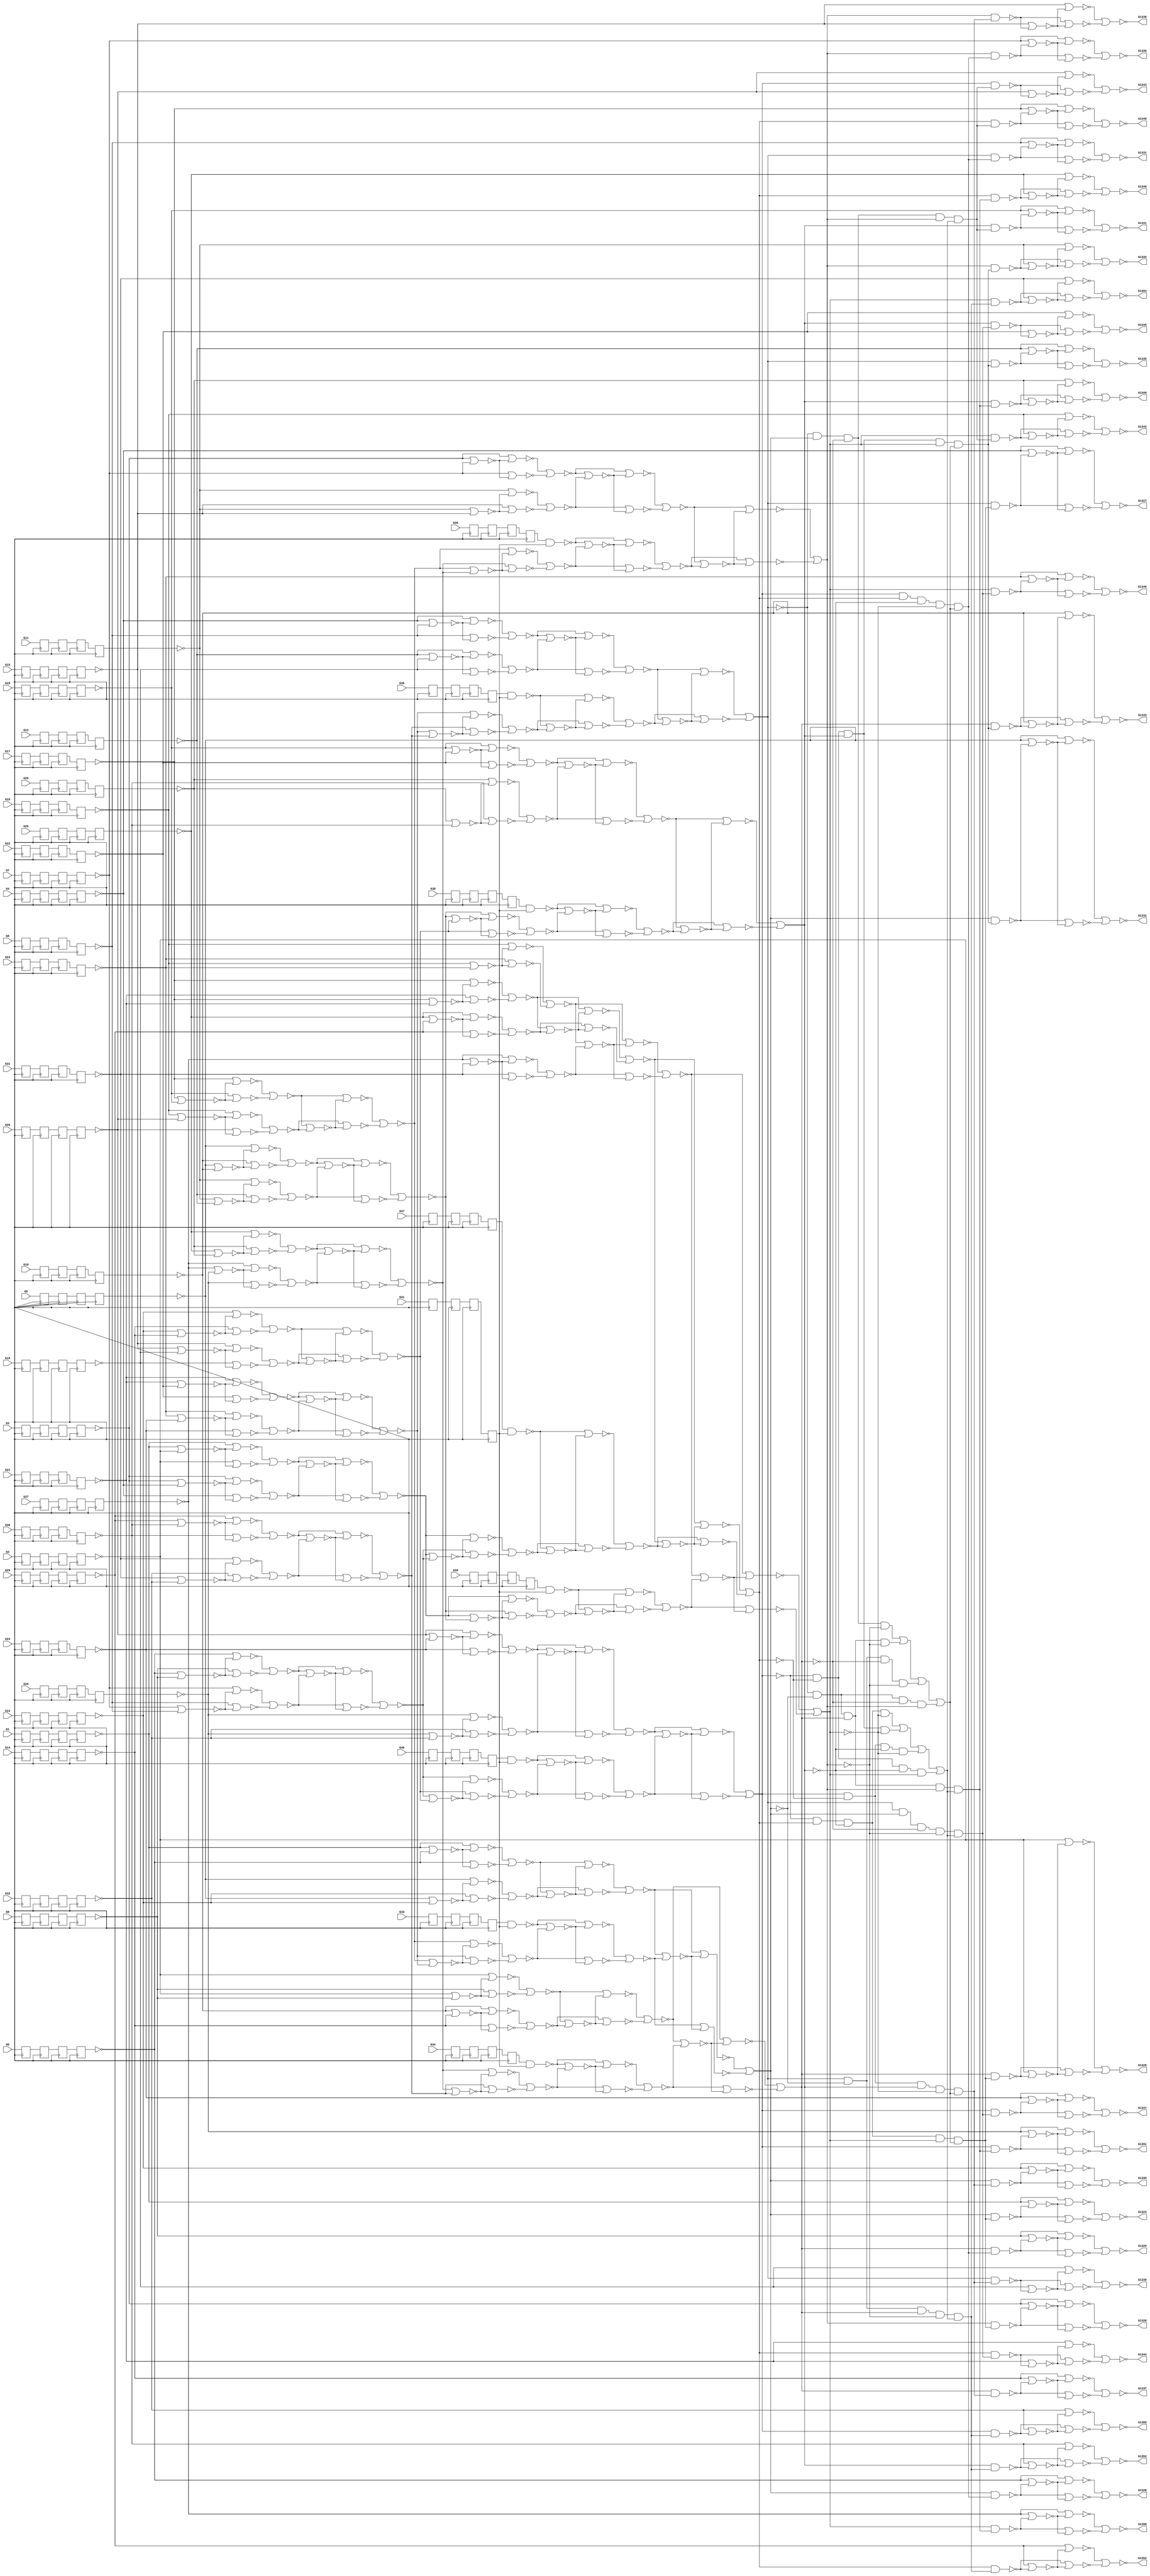
module c1355 (  
    G1, G2, G3, G4, G5, G6, G7, G8, G9, G10, G11, G12, G13, G14, G15, G16,
    G17, G18, G19, G20, G21, G22, G23, G24, G25, G26, G27, G28, G29, G30,
    G31, G32, G33, G34, G35, G36, G37, G38, G39, G40, G41,
    G1324, G1325, G1326, G1327, G1328, G1329, G1330, G1331, G1332, G1333,
    G1334, G1335, G1336, G1337, G1338, G1339, G1340, G1341, G1342, G1343,
    G1344, G1345, G1346, G1347, G1348, G1349, G1350, G1351, G1352, G1353,
    G1354, G1355  );
  
  input  G1, G2, G3, G4, G5, G6, G7, G8, G9, G10, G11, G12, G13, G14,
    G15, G16, G17, G18, G19, G20, G21, G22, G23, G24, G25, G26, G27, G28,
    G29, G30, G31, G32, G33, G34, G35, G36, G37, G38, G39, G40, G41;
  output G1324, G1325, G1326, G1327, G1328, G1329, G1330, G1331, G1332, G1333,
    G1334, G1335, G1336, G1337, G1338, G1339, G1340, G1341, G1342, G1343,
    G1344, G1345, G1346, G1347, G1348, G1349, G1350, G1351, G1352, G1353,
    G1354, G1355;
  reg n621_lo, n624_lo, n627_lo, n630_lo, n633_lo, n636_lo, n639_lo,
    n642_lo, n645_lo, n648_lo, n651_lo, n654_lo, n657_lo, n660_lo, n663_lo,
    n666_lo, n669_lo, n672_lo, n675_lo, n678_lo, n681_lo, n684_lo, n687_lo,
    n690_lo, n693_lo, n696_lo, n699_lo, n702_lo, n705_lo, n708_lo, n711_lo,
    n714_lo, n717_lo, n720_lo, n723_lo, n726_lo, n729_lo, n732_lo, n735_lo,
    n738_lo, n741_lo, n744_lo, n747_lo, n750_lo, n753_lo, n756_lo, n759_lo,
    n762_lo, n765_lo, n768_lo, n771_lo, n774_lo, n777_lo, n780_lo, n783_lo,
    n786_lo, n789_lo, n792_lo, n795_lo, n798_lo, n801_lo, n804_lo, n807_lo,
    n810_lo, n813_lo, n816_lo, n819_lo, n822_lo, n825_lo, n828_lo, n831_lo,
    n834_lo, n837_lo, n840_lo, n843_lo, n846_lo, n849_lo, n852_lo, n855_lo,
    n858_lo, n861_lo, n864_lo, n867_lo, n870_lo, n873_lo, n876_lo, n879_lo,
    n882_lo, n885_lo, n888_lo, n891_lo, n894_lo, n897_lo, n900_lo, n903_lo,
    n906_lo, n909_lo, n912_lo, n915_lo, n918_lo, n921_lo, n924_lo, n927_lo,
    n930_lo, n933_lo, n936_lo, n939_lo, n942_lo, n945_lo, n948_lo, n951_lo,
    n954_lo, n957_lo, n960_lo, n963_lo, n966_lo, n969_lo, n972_lo, n975_lo,
    n978_lo, n981_lo, n984_lo, n987_lo, n990_lo, n993_lo, n996_lo, n999_lo,
    n1002_lo, n1005_lo, n1008_lo, n1011_lo, n1014_lo, n1017_lo, n1020_lo,
    n1023_lo, n1026_lo, n1029_lo, n1032_lo, n1035_lo, n1038_lo, n1041_lo,
    n1044_lo, n1047_lo, n1050_lo, n1053_lo, n1056_lo, n1059_lo, n1062_lo,
    n1065_lo, n1068_lo, n1071_lo, n1074_lo, n1077_lo, n1080_lo, n1083_lo,
    n1086_lo, n1089_lo, n1092_lo, n1095_lo, n1098_lo, n1101_lo, n1104_lo,
    n1107_lo, n1110_lo;
  wire new_G242_, new_G245_, new_G248_, new_G251_, new_G254_, new_G257_,
    new_G260_, new_G263_, new_G266_, new_G269_, new_G272_, new_G275_,
    new_G278_, new_G281_, new_G284_, new_G287_, new_G290_, new_G293_,
    new_G296_, new_G299_, new_G302_, new_G305_, new_G308_, new_G311_,
    new_G314_, new_G317_, new_G320_, new_G323_, new_G326_, new_G329_,
    new_G332_, new_G335_, new_G338_, new_G341_, new_G344_, new_G347_,
    new_G350_, new_G353_, new_G356_, new_G359_, new_G362_, new_G363_,
    new_G364_, new_G365_, new_G366_, new_G367_, new_G368_, new_G369_,
    new_G370_, new_G371_, new_G372_, new_G373_, new_G374_, new_G375_,
    new_G376_, new_G377_, new_G378_, new_G379_, new_G380_, new_G381_,
    new_G382_, new_G383_, new_G384_, new_G385_, new_G386_, new_G387_,
    new_G388_, new_G389_, new_G390_, new_G391_, new_G392_, new_G393_,
    new_G394_, new_G395_, new_G396_, new_G397_, new_G398_, new_G399_,
    new_G400_, new_G401_, new_G402_, new_G403_, new_G404_, new_G405_,
    new_G406_, new_G407_, new_G408_, new_G409_, new_G410_, new_G411_,
    new_G412_, new_G413_, new_G414_, new_G415_, new_G416_, new_G417_,
    new_G418_, new_G419_, new_G420_, new_G421_, new_G422_, new_G423_,
    new_G424_, new_G425_, new_G426_, new_G429_, new_G432_, new_G435_,
    new_G438_, new_G441_, new_G444_, new_G447_, new_G450_, new_G453_,
    new_G456_, new_G459_, new_G462_, new_G465_, new_G468_, new_G471_,
    new_G474_, new_G477_, new_G480_, new_G483_, new_G486_, new_G489_,
    new_G492_, new_G495_, new_G498_, new_G501_, new_G504_, new_G507_,
    new_G510_, new_G513_, new_G516_, new_G519_, new_G522_, new_G525_,
    new_G528_, new_G531_, new_G534_, new_G537_, new_G540_, new_G543_,
    new_G546_, new_G549_, new_G552_, new_G555_, new_G558_, new_G561_,
    new_G564_, new_G567_, new_G570_, new_G571_, new_G572_, new_G573_,
    new_G574_, new_G575_, new_G576_, new_G577_, new_G578_, new_G579_,
    new_G580_, new_G581_, new_G582_, new_G583_, new_G584_, new_G585_,
    new_G586_, new_G587_, new_G588_, new_G589_, new_G590_, new_G591_,
    new_G592_, new_G593_, new_G594_, new_G595_, new_G596_, new_G597_,
    new_G598_, new_G599_, new_G600_, new_G601_, new_G602_, new_G607_,
    new_G612_, new_G617_, new_G622_, new_G627_, new_G632_, new_G637_,
    new_G642_, new_G645_, new_G648_, new_G651_, new_G654_, new_G657_,
    new_G660_, new_G663_, new_G666_, new_G669_, new_G672_, new_G675_,
    new_G678_, new_G681_, new_G684_, new_G687_, new_G690_, new_G691_,
    new_G692_, new_G693_, new_G694_, new_G695_, new_G696_, new_G697_,
    new_G698_, new_G699_, new_G700_, new_G701_, new_G702_, new_G703_,
    new_G704_, new_G705_, new_G706_, new_G709_, new_G712_, new_G715_,
    new_G718_, new_G721_, new_G724_, new_G727_, new_G730_, new_G733_,
    new_G736_, new_G739_, new_G742_, new_G745_, new_G748_, new_G751_,
    new_G754_, new_G755_, new_G756_, new_G757_, new_G758_, new_G759_,
    new_G760_, new_G761_, new_G762_, new_G763_, new_G764_, new_G765_,
    new_G766_, new_G767_, new_G768_, new_G769_, new_G770_, new_G773_,
    new_G776_, new_G779_, new_G782_, new_G785_, new_G788_, new_G791_,
    new_G794_, new_G797_, new_G800_, new_G803_, new_G806_, new_G809_,
    new_G812_, new_G815_, new_G818_, new_G819_, new_G820_, new_G821_,
    new_G822_, new_G823_, new_G824_, new_G825_, new_G826_, new_G827_,
    new_G828_, new_G829_, new_G830_, new_G831_, new_G832_, new_G833_,
    new_G834_, new_G847_, new_G860_, new_G873_, new_G886_, new_G899_,
    new_G912_, new_G925_, new_G938_, new_G939_, new_G940_, new_G941_,
    new_G942_, new_G943_, new_G944_, new_G945_, new_G946_, new_G947_,
    new_G948_, new_G949_, new_G950_, new_G951_, new_G952_, new_G953_,
    new_G954_, new_G955_, new_G956_, new_G957_, new_G958_, new_G959_,
    new_G960_, new_G961_, new_G962_, new_G963_, new_G964_, new_G965_,
    new_G966_, new_G967_, new_G968_, new_G969_, new_G970_, new_G971_,
    new_G972_, new_G973_, new_G974_, new_G975_, new_G976_, new_G977_,
    new_G978_, new_G979_, new_G980_, new_G981_, new_G982_, new_G983_,
    new_G984_, new_G985_, new_G986_, new_G991_, new_G996_, new_G1001_,
    new_G1006_, new_G1011_, new_G1016_, new_G1021_, new_G1026_, new_G1031_,
    new_G1036_, new_G1039_, new_G1042_, new_G1045_, new_G1048_, new_G1051_,
    new_G1054_, new_G1057_, new_G1060_, new_G1063_, new_G1066_, new_G1069_,
    new_G1072_, new_G1075_, new_G1078_, new_G1081_, new_G1084_, new_G1087_,
    new_G1090_, new_G1093_, new_G1096_, new_G1099_, new_G1102_, new_G1105_,
    new_G1108_, new_G1111_, new_G1114_, new_G1117_, new_G1120_, new_G1123_,
    new_G1126_, new_G1129_, new_G1132_, new_G1135_, new_G1138_, new_G1141_,
    new_G1144_, new_G1147_, new_G1150_, new_G1153_, new_G1156_, new_G1159_,
    new_G1162_, new_G1165_, new_G1168_, new_G1171_, new_G1174_, new_G1177_,
    new_G1180_, new_G1183_, new_G1186_, new_G1189_, new_G1192_, new_G1195_,
    new_G1198_, new_G1201_, new_G1204_, new_G1207_, new_G1210_, new_G1213_,
    new_G1216_, new_G1219_, new_G1222_, new_G1225_, new_G1228_, new_G1229_,
    new_G1230_, new_G1231_, new_G1232_, new_G1233_, new_G1234_, new_G1235_,
    new_G1236_, new_G1237_, new_G1238_, new_G1239_, new_G1240_, new_G1241_,
    new_G1242_, new_G1243_, new_G1244_, new_G1245_, new_G1246_, new_G1247_,
    new_G1248_, new_G1249_, new_G1250_, new_G1251_, new_G1252_, new_G1253_,
    new_G1254_, new_G1255_, new_G1256_, new_G1257_, new_G1258_, new_G1259_,
    new_G1260_, new_G1261_, new_G1262_, new_G1263_, new_G1264_, new_G1265_,
    new_G1266_, new_G1267_, new_G1268_, new_G1269_, new_G1270_, new_G1271_,
    new_G1272_, new_G1273_, new_G1274_, new_G1275_, new_G1276_, new_G1277_,
    new_G1278_, new_G1279_, new_G1280_, new_G1281_, new_G1282_, new_G1283_,
    new_G1284_, new_G1285_, new_G1286_, new_G1287_, new_G1288_, new_G1289_,
    new_G1290_, new_G1291_, new_G1292_, new_G1293_, new_G1294_, new_G1295_,
    new_G1296_, new_G1297_, new_G1298_, new_G1299_, new_G1300_, new_G1301_,
    new_G1302_, new_G1303_, new_G1304_, new_G1305_, new_G1306_, new_G1307_,
    new_G1308_, new_G1309_, new_G1310_, new_G1311_, new_G1312_, new_G1313_,
    new_G1314_, new_G1315_, new_G1316_, new_G1317_, new_G1318_, new_G1319_,
    new_G1320_, new_G1321_, new_G1322_, new_G1323_, n621_li, n624_li,
    n627_li, n630_li, n633_li, n636_li, n639_li, n642_li, n645_li, n648_li,
    n651_li, n654_li, n657_li, n660_li, n663_li, n666_li, n669_li, n672_li,
    n675_li, n678_li, n681_li, n684_li, n687_li, n690_li, n693_li, n696_li,
    n699_li, n702_li, n705_li, n708_li, n711_li, n714_li, n717_li, n720_li,
    n723_li, n726_li, n729_li, n732_li, n735_li, n738_li, n741_li, n744_li,
    n747_li, n750_li, n753_li, n756_li, n759_li, n762_li, n765_li, n768_li,
    n771_li, n774_li, n777_li, n780_li, n783_li, n786_li, n789_li, n792_li,
    n795_li, n798_li, n801_li, n804_li, n807_li, n810_li, n813_li, n816_li,
    n819_li, n822_li, n825_li, n828_li, n831_li, n834_li, n837_li, n840_li,
    n843_li, n846_li, n849_li, n852_li, n855_li, n858_li, n861_li, n864_li,
    n867_li, n870_li, n873_li, n876_li, n879_li, n882_li, n885_li, n888_li,
    n891_li, n894_li, n897_li, n900_li, n903_li, n906_li, n909_li, n912_li,
    n915_li, n918_li, n921_li, n924_li, n927_li, n930_li, n933_li, n936_li,
    n939_li, n942_li, n945_li, n948_li, n951_li, n954_li, n957_li, n960_li,
    n963_li, n966_li, n969_li, n972_li, n975_li, n978_li, n981_li, n984_li,
    n987_li, n990_li, n993_li, n996_li, n999_li, n1002_li, n1005_li,
    n1008_li, n1011_li, n1014_li, n1017_li, n1020_li, n1023_li, n1026_li,
    n1029_li, n1032_li, n1035_li, n1038_li, n1041_li, n1044_li, n1047_li,
    n1050_li, n1053_li, n1056_li, n1059_li, n1062_li, n1065_li, n1068_li,
    n1071_li, n1074_li, n1077_li, n1080_li, n1083_li, n1086_li, n1089_li,
    n1092_li, n1095_li, n1098_li, n1101_li, n1104_li, n1107_li, n1110_li;
  assign new_G242_ = n1014_lo & n1110_lo;
  assign new_G245_ = n1026_lo & n1110_lo;
  assign new_G248_ = n1038_lo & n1110_lo;
  assign new_G251_ = n1050_lo & n1110_lo;
  assign new_G254_ = n1062_lo & n1110_lo;
  assign new_G257_ = n1074_lo & n1110_lo;
  assign new_G260_ = n1086_lo & n1110_lo;
  assign new_G263_ = n1098_lo & n1110_lo;
  assign new_G266_ = ~n630_lo | ~n642_lo;
  assign new_G269_ = ~n654_lo | ~n666_lo;
  assign new_G272_ = ~n678_lo | ~n690_lo;
  assign new_G275_ = ~n702_lo | ~n714_lo;
  assign new_G278_ = ~n726_lo | ~n738_lo;
  assign new_G281_ = ~n750_lo | ~n762_lo;
  assign new_G284_ = ~n774_lo | ~n786_lo;
  assign new_G287_ = ~n798_lo | ~n810_lo;
  assign new_G290_ = ~n822_lo | ~n834_lo;
  assign new_G293_ = ~n846_lo | ~n858_lo;
  assign new_G296_ = ~n870_lo | ~n882_lo;
  assign new_G299_ = ~n894_lo | ~n906_lo;
  assign new_G302_ = ~n918_lo | ~n930_lo;
  assign new_G305_ = ~n942_lo | ~n954_lo;
  assign new_G308_ = ~n966_lo | ~n978_lo;
  assign new_G311_ = ~n990_lo | ~n1002_lo;
  assign new_G314_ = ~n630_lo | ~n678_lo;
  assign new_G317_ = ~n726_lo | ~n774_lo;
  assign new_G320_ = ~n642_lo | ~n690_lo;
  assign new_G323_ = ~n738_lo | ~n786_lo;
  assign new_G326_ = ~n654_lo | ~n702_lo;
  assign new_G329_ = ~n750_lo | ~n798_lo;
  assign new_G332_ = ~n666_lo | ~n714_lo;
  assign new_G335_ = ~n762_lo | ~n810_lo;
  assign new_G338_ = ~n822_lo | ~n870_lo;
  assign new_G341_ = ~n918_lo | ~n966_lo;
  assign new_G344_ = ~n834_lo | ~n882_lo;
  assign new_G347_ = ~n930_lo | ~n978_lo;
  assign new_G350_ = ~n846_lo | ~n894_lo;
  assign new_G353_ = ~n942_lo | ~n990_lo;
  assign new_G356_ = ~n858_lo | ~n906_lo;
  assign new_G359_ = ~n954_lo | ~n1002_lo;
  assign new_G362_ = ~n630_lo | ~new_G266_;
  assign new_G363_ = ~n642_lo | ~new_G266_;
  assign new_G364_ = ~n654_lo | ~new_G269_;
  assign new_G365_ = ~n666_lo | ~new_G269_;
  assign new_G366_ = ~n678_lo | ~new_G272_;
  assign new_G367_ = ~n690_lo | ~new_G272_;
  assign new_G368_ = ~n702_lo | ~new_G275_;
  assign new_G369_ = ~n714_lo | ~new_G275_;
  assign new_G370_ = ~n726_lo | ~new_G278_;
  assign new_G371_ = ~n738_lo | ~new_G278_;
  assign new_G372_ = ~n750_lo | ~new_G281_;
  assign new_G373_ = ~n762_lo | ~new_G281_;
  assign new_G374_ = ~n774_lo | ~new_G284_;
  assign new_G375_ = ~n786_lo | ~new_G284_;
  assign new_G376_ = ~n798_lo | ~new_G287_;
  assign new_G377_ = ~n810_lo | ~new_G287_;
  assign new_G378_ = ~n822_lo | ~new_G290_;
  assign new_G379_ = ~n834_lo | ~new_G290_;
  assign new_G380_ = ~n846_lo | ~new_G293_;
  assign new_G381_ = ~n858_lo | ~new_G293_;
  assign new_G382_ = ~n870_lo | ~new_G296_;
  assign new_G383_ = ~n882_lo | ~new_G296_;
  assign new_G384_ = ~n894_lo | ~new_G299_;
  assign new_G385_ = ~n906_lo | ~new_G299_;
  assign new_G386_ = ~n918_lo | ~new_G302_;
  assign new_G387_ = ~n930_lo | ~new_G302_;
  assign new_G388_ = ~n942_lo | ~new_G305_;
  assign new_G389_ = ~n954_lo | ~new_G305_;
  assign new_G390_ = ~n966_lo | ~new_G308_;
  assign new_G391_ = ~n978_lo | ~new_G308_;
  assign new_G392_ = ~n990_lo | ~new_G311_;
  assign new_G393_ = ~n1002_lo | ~new_G311_;
  assign new_G394_ = ~n630_lo | ~new_G314_;
  assign new_G395_ = ~n678_lo | ~new_G314_;
  assign new_G396_ = ~n726_lo | ~new_G317_;
  assign new_G397_ = ~n774_lo | ~new_G317_;
  assign new_G398_ = ~n642_lo | ~new_G320_;
  assign new_G399_ = ~n690_lo | ~new_G320_;
  assign new_G400_ = ~n738_lo | ~new_G323_;
  assign new_G401_ = ~n786_lo | ~new_G323_;
  assign new_G402_ = ~n654_lo | ~new_G326_;
  assign new_G403_ = ~n702_lo | ~new_G326_;
  assign new_G404_ = ~n750_lo | ~new_G329_;
  assign new_G405_ = ~n798_lo | ~new_G329_;
  assign new_G406_ = ~n666_lo | ~new_G332_;
  assign new_G407_ = ~n714_lo | ~new_G332_;
  assign new_G408_ = ~n762_lo | ~new_G335_;
  assign new_G409_ = ~n810_lo | ~new_G335_;
  assign new_G410_ = ~n822_lo | ~new_G338_;
  assign new_G411_ = ~n870_lo | ~new_G338_;
  assign new_G412_ = ~n918_lo | ~new_G341_;
  assign new_G413_ = ~n966_lo | ~new_G341_;
  assign new_G414_ = ~n834_lo | ~new_G344_;
  assign new_G415_ = ~n882_lo | ~new_G344_;
  assign new_G416_ = ~n930_lo | ~new_G347_;
  assign new_G417_ = ~n978_lo | ~new_G347_;
  assign new_G418_ = ~n846_lo | ~new_G350_;
  assign new_G419_ = ~n894_lo | ~new_G350_;
  assign new_G420_ = ~n942_lo | ~new_G353_;
  assign new_G421_ = ~n990_lo | ~new_G353_;
  assign new_G422_ = ~n858_lo | ~new_G356_;
  assign new_G423_ = ~n906_lo | ~new_G356_;
  assign new_G424_ = ~n954_lo | ~new_G359_;
  assign new_G425_ = ~n1002_lo | ~new_G359_;
  assign new_G426_ = ~new_G362_ | ~new_G363_;
  assign new_G429_ = ~new_G364_ | ~new_G365_;
  assign new_G432_ = ~new_G366_ | ~new_G367_;
  assign new_G435_ = ~new_G368_ | ~new_G369_;
  assign new_G438_ = ~new_G370_ | ~new_G371_;
  assign new_G441_ = ~new_G372_ | ~new_G373_;
  assign new_G444_ = ~new_G374_ | ~new_G375_;
  assign new_G447_ = ~new_G376_ | ~new_G377_;
  assign new_G450_ = ~new_G378_ | ~new_G379_;
  assign new_G453_ = ~new_G380_ | ~new_G381_;
  assign new_G456_ = ~new_G382_ | ~new_G383_;
  assign new_G459_ = ~new_G384_ | ~new_G385_;
  assign new_G462_ = ~new_G386_ | ~new_G387_;
  assign new_G465_ = ~new_G388_ | ~new_G389_;
  assign new_G468_ = ~new_G390_ | ~new_G391_;
  assign new_G471_ = ~new_G392_ | ~new_G393_;
  assign new_G474_ = ~new_G394_ | ~new_G395_;
  assign new_G477_ = ~new_G396_ | ~new_G397_;
  assign new_G480_ = ~new_G398_ | ~new_G399_;
  assign new_G483_ = ~new_G400_ | ~new_G401_;
  assign new_G486_ = ~new_G402_ | ~new_G403_;
  assign new_G489_ = ~new_G404_ | ~new_G405_;
  assign new_G492_ = ~new_G406_ | ~new_G407_;
  assign new_G495_ = ~new_G408_ | ~new_G409_;
  assign new_G498_ = ~new_G410_ | ~new_G411_;
  assign new_G501_ = ~new_G412_ | ~new_G413_;
  assign new_G504_ = ~new_G414_ | ~new_G415_;
  assign new_G507_ = ~new_G416_ | ~new_G417_;
  assign new_G510_ = ~new_G418_ | ~new_G419_;
  assign new_G513_ = ~new_G420_ | ~new_G421_;
  assign new_G516_ = ~new_G422_ | ~new_G423_;
  assign new_G519_ = ~new_G424_ | ~new_G425_;
  assign new_G522_ = ~new_G426_ | ~new_G429_;
  assign new_G525_ = ~new_G432_ | ~new_G435_;
  assign new_G528_ = ~new_G438_ | ~new_G441_;
  assign new_G531_ = ~new_G444_ | ~new_G447_;
  assign new_G534_ = ~new_G450_ | ~new_G453_;
  assign new_G537_ = ~new_G456_ | ~new_G459_;
  assign new_G540_ = ~new_G462_ | ~new_G465_;
  assign new_G543_ = ~new_G468_ | ~new_G471_;
  assign new_G546_ = ~new_G474_ | ~new_G477_;
  assign new_G549_ = ~new_G480_ | ~new_G483_;
  assign new_G552_ = ~new_G486_ | ~new_G489_;
  assign new_G555_ = ~new_G492_ | ~new_G495_;
  assign new_G558_ = ~new_G498_ | ~new_G501_;
  assign new_G561_ = ~new_G504_ | ~new_G507_;
  assign new_G564_ = ~new_G510_ | ~new_G513_;
  assign new_G567_ = ~new_G516_ | ~new_G519_;
  assign new_G570_ = ~new_G426_ | ~new_G522_;
  assign new_G571_ = ~new_G429_ | ~new_G522_;
  assign new_G572_ = ~new_G432_ | ~new_G525_;
  assign new_G573_ = ~new_G435_ | ~new_G525_;
  assign new_G574_ = ~new_G438_ | ~new_G528_;
  assign new_G575_ = ~new_G441_ | ~new_G528_;
  assign new_G576_ = ~new_G444_ | ~new_G531_;
  assign new_G577_ = ~new_G447_ | ~new_G531_;
  assign new_G578_ = ~new_G450_ | ~new_G534_;
  assign new_G579_ = ~new_G453_ | ~new_G534_;
  assign new_G580_ = ~new_G456_ | ~new_G537_;
  assign new_G581_ = ~new_G459_ | ~new_G537_;
  assign new_G582_ = ~new_G462_ | ~new_G540_;
  assign new_G583_ = ~new_G465_ | ~new_G540_;
  assign new_G584_ = ~new_G468_ | ~new_G543_;
  assign new_G585_ = ~new_G471_ | ~new_G543_;
  assign new_G586_ = ~new_G474_ | ~new_G546_;
  assign new_G587_ = ~new_G477_ | ~new_G546_;
  assign new_G588_ = ~new_G480_ | ~new_G549_;
  assign new_G589_ = ~new_G483_ | ~new_G549_;
  assign new_G590_ = ~new_G486_ | ~new_G552_;
  assign new_G591_ = ~new_G489_ | ~new_G552_;
  assign new_G592_ = ~new_G492_ | ~new_G555_;
  assign new_G593_ = ~new_G495_ | ~new_G555_;
  assign new_G594_ = ~new_G498_ | ~new_G558_;
  assign new_G595_ = ~new_G501_ | ~new_G558_;
  assign new_G596_ = ~new_G504_ | ~new_G561_;
  assign new_G597_ = ~new_G507_ | ~new_G561_;
  assign new_G598_ = ~new_G510_ | ~new_G564_;
  assign new_G599_ = ~new_G513_ | ~new_G564_;
  assign new_G600_ = ~new_G516_ | ~new_G567_;
  assign new_G601_ = ~new_G519_ | ~new_G567_;
  assign new_G602_ = ~new_G570_ | ~new_G571_;
  assign new_G607_ = ~new_G572_ | ~new_G573_;
  assign new_G612_ = ~new_G574_ | ~new_G575_;
  assign new_G617_ = ~new_G576_ | ~new_G577_;
  assign new_G622_ = ~new_G578_ | ~new_G579_;
  assign new_G627_ = ~new_G580_ | ~new_G581_;
  assign new_G632_ = ~new_G582_ | ~new_G583_;
  assign new_G637_ = ~new_G584_ | ~new_G585_;
  assign new_G642_ = ~new_G586_ | ~new_G587_;
  assign new_G645_ = ~new_G588_ | ~new_G589_;
  assign new_G648_ = ~new_G590_ | ~new_G591_;
  assign new_G651_ = ~new_G592_ | ~new_G593_;
  assign new_G654_ = ~new_G594_ | ~new_G595_;
  assign new_G657_ = ~new_G596_ | ~new_G597_;
  assign new_G660_ = ~new_G598_ | ~new_G599_;
  assign new_G663_ = ~new_G600_ | ~new_G601_;
  assign new_G666_ = ~new_G602_ | ~new_G607_;
  assign new_G669_ = ~new_G612_ | ~new_G617_;
  assign new_G672_ = ~new_G602_ | ~new_G612_;
  assign new_G675_ = ~new_G607_ | ~new_G617_;
  assign new_G678_ = ~new_G622_ | ~new_G627_;
  assign new_G681_ = ~new_G632_ | ~new_G637_;
  assign new_G684_ = ~new_G622_ | ~new_G632_;
  assign new_G687_ = ~new_G627_ | ~new_G637_;
  assign new_G690_ = ~new_G602_ | ~new_G666_;
  assign new_G691_ = ~new_G607_ | ~new_G666_;
  assign new_G692_ = ~new_G612_ | ~new_G669_;
  assign new_G693_ = ~new_G617_ | ~new_G669_;
  assign new_G694_ = ~new_G602_ | ~new_G672_;
  assign new_G695_ = ~new_G612_ | ~new_G672_;
  assign new_G696_ = ~new_G607_ | ~new_G675_;
  assign new_G697_ = ~new_G617_ | ~new_G675_;
  assign new_G698_ = ~new_G622_ | ~new_G678_;
  assign new_G699_ = ~new_G627_ | ~new_G678_;
  assign new_G700_ = ~new_G632_ | ~new_G681_;
  assign new_G701_ = ~new_G637_ | ~new_G681_;
  assign new_G702_ = ~new_G622_ | ~new_G684_;
  assign new_G703_ = ~new_G632_ | ~new_G684_;
  assign new_G704_ = ~new_G627_ | ~new_G687_;
  assign new_G705_ = ~new_G637_ | ~new_G687_;
  assign new_G706_ = ~new_G690_ | ~new_G691_;
  assign new_G709_ = ~new_G692_ | ~new_G693_;
  assign new_G712_ = ~new_G694_ | ~new_G695_;
  assign new_G715_ = ~new_G696_ | ~new_G697_;
  assign new_G718_ = ~new_G698_ | ~new_G699_;
  assign new_G721_ = ~new_G700_ | ~new_G701_;
  assign new_G724_ = ~new_G702_ | ~new_G703_;
  assign new_G727_ = ~new_G704_ | ~new_G705_;
  assign new_G730_ = ~new_G242_ | ~new_G718_;
  assign new_G733_ = ~new_G245_ | ~new_G721_;
  assign new_G736_ = ~new_G248_ | ~new_G724_;
  assign new_G739_ = ~new_G251_ | ~new_G727_;
  assign new_G742_ = ~new_G254_ | ~new_G706_;
  assign new_G745_ = ~new_G257_ | ~new_G709_;
  assign new_G748_ = ~new_G260_ | ~new_G712_;
  assign new_G751_ = ~new_G263_ | ~new_G715_;
  assign new_G754_ = ~new_G242_ | ~new_G730_;
  assign new_G755_ = ~new_G718_ | ~new_G730_;
  assign new_G756_ = ~new_G245_ | ~new_G733_;
  assign new_G757_ = ~new_G721_ | ~new_G733_;
  assign new_G758_ = ~new_G248_ | ~new_G736_;
  assign new_G759_ = ~new_G724_ | ~new_G736_;
  assign new_G760_ = ~new_G251_ | ~new_G739_;
  assign new_G761_ = ~new_G727_ | ~new_G739_;
  assign new_G762_ = ~new_G254_ | ~new_G742_;
  assign new_G763_ = ~new_G706_ | ~new_G742_;
  assign new_G764_ = ~new_G257_ | ~new_G745_;
  assign new_G765_ = ~new_G709_ | ~new_G745_;
  assign new_G766_ = ~new_G260_ | ~new_G748_;
  assign new_G767_ = ~new_G712_ | ~new_G748_;
  assign new_G768_ = ~new_G263_ | ~new_G751_;
  assign new_G769_ = ~new_G715_ | ~new_G751_;
  assign new_G770_ = ~new_G754_ | ~new_G755_;
  assign new_G773_ = ~new_G756_ | ~new_G757_;
  assign new_G776_ = ~new_G758_ | ~new_G759_;
  assign new_G779_ = ~new_G760_ | ~new_G761_;
  assign new_G782_ = ~new_G762_ | ~new_G763_;
  assign new_G785_ = ~new_G764_ | ~new_G765_;
  assign new_G788_ = ~new_G766_ | ~new_G767_;
  assign new_G791_ = ~new_G768_ | ~new_G769_;
  assign new_G794_ = ~new_G642_ | ~new_G770_;
  assign new_G797_ = ~new_G645_ | ~new_G773_;
  assign new_G800_ = ~new_G648_ | ~new_G776_;
  assign new_G803_ = ~new_G651_ | ~new_G779_;
  assign new_G806_ = ~new_G654_ | ~new_G782_;
  assign new_G809_ = ~new_G657_ | ~new_G785_;
  assign new_G812_ = ~new_G660_ | ~new_G788_;
  assign new_G815_ = ~new_G663_ | ~new_G791_;
  assign new_G818_ = ~new_G642_ | ~new_G794_;
  assign new_G819_ = ~new_G770_ | ~new_G794_;
  assign new_G820_ = ~new_G645_ | ~new_G797_;
  assign new_G821_ = ~new_G773_ | ~new_G797_;
  assign new_G822_ = ~new_G648_ | ~new_G800_;
  assign new_G823_ = ~new_G776_ | ~new_G800_;
  assign new_G824_ = ~new_G651_ | ~new_G803_;
  assign new_G825_ = ~new_G779_ | ~new_G803_;
  assign new_G826_ = ~new_G654_ | ~new_G806_;
  assign new_G827_ = ~new_G782_ | ~new_G806_;
  assign new_G828_ = ~new_G657_ | ~new_G809_;
  assign new_G829_ = ~new_G785_ | ~new_G809_;
  assign new_G830_ = ~new_G660_ | ~new_G812_;
  assign new_G831_ = ~new_G788_ | ~new_G812_;
  assign new_G832_ = ~new_G663_ | ~new_G815_;
  assign new_G833_ = ~new_G791_ | ~new_G815_;
  assign new_G834_ = ~new_G818_ | ~new_G819_;
  assign new_G847_ = ~new_G820_ | ~new_G821_;
  assign new_G860_ = ~new_G822_ | ~new_G823_;
  assign new_G873_ = ~new_G824_ | ~new_G825_;
  assign new_G886_ = ~new_G828_ | ~new_G829_;
  assign new_G899_ = ~new_G832_ | ~new_G833_;
  assign new_G912_ = ~new_G830_ | ~new_G831_;
  assign new_G925_ = ~new_G826_ | ~new_G827_;
  assign new_G938_ = ~new_G834_;
  assign new_G939_ = ~new_G847_;
  assign new_G940_ = ~new_G860_;
  assign new_G941_ = ~new_G834_;
  assign new_G942_ = ~new_G847_;
  assign new_G943_ = ~new_G873_;
  assign new_G944_ = ~new_G834_;
  assign new_G945_ = ~new_G860_;
  assign new_G946_ = ~new_G873_;
  assign new_G947_ = ~new_G847_;
  assign new_G948_ = ~new_G860_;
  assign new_G949_ = ~new_G873_;
  assign new_G950_ = ~new_G886_;
  assign new_G951_ = ~new_G899_;
  assign new_G952_ = ~new_G886_;
  assign new_G953_ = ~new_G912_;
  assign new_G954_ = ~new_G925_;
  assign new_G955_ = ~new_G899_;
  assign new_G956_ = ~new_G925_;
  assign new_G957_ = ~new_G912_;
  assign new_G958_ = ~new_G925_;
  assign new_G959_ = ~new_G886_;
  assign new_G960_ = ~new_G912_;
  assign new_G961_ = ~new_G925_;
  assign new_G962_ = ~new_G886_;
  assign new_G963_ = ~new_G899_;
  assign new_G964_ = ~new_G925_;
  assign new_G965_ = ~new_G912_;
  assign new_G966_ = ~new_G899_;
  assign new_G967_ = ~new_G886_;
  assign new_G968_ = ~new_G912_;
  assign new_G969_ = ~new_G899_;
  assign new_G970_ = ~new_G847_;
  assign new_G971_ = ~new_G873_;
  assign new_G972_ = ~new_G847_;
  assign new_G973_ = ~new_G860_;
  assign new_G974_ = ~new_G834_;
  assign new_G975_ = ~new_G873_;
  assign new_G976_ = ~new_G834_;
  assign new_G977_ = ~new_G860_;
  assign new_G978_ = new_G873_ & new_G938_ & new_G939_ & new_G940_;
  assign new_G979_ = new_G943_ & new_G941_ & new_G942_ & new_G860_;
  assign new_G980_ = new_G946_ & new_G944_ & new_G847_ & new_G945_;
  assign new_G981_ = new_G949_ & new_G834_ & new_G947_ & new_G948_;
  assign new_G982_ = new_G899_ & new_G958_ & new_G959_ & new_G960_;
  assign new_G983_ = new_G963_ & new_G961_ & new_G962_ & new_G912_;
  assign new_G984_ = new_G966_ & new_G964_ & new_G886_ & new_G965_;
  assign new_G985_ = new_G969_ & new_G925_ & new_G967_ & new_G968_;
  assign new_G986_ = new_G981_ | new_G980_ | new_G978_ | new_G979_;
  assign new_G991_ = new_G985_ | new_G984_ | new_G982_ | new_G983_;
  assign new_G996_ = new_G951_ & new_G925_ & new_G950_ & new_G912_ & new_G986_;
  assign new_G1001_ = new_G899_ & new_G925_ & new_G952_ & new_G953_ & new_G986_;
  assign new_G1006_ = new_G955_ & new_G954_ & new_G886_ & new_G912_ & new_G986_;
  assign new_G1011_ = new_G899_ & new_G956_ & new_G886_ & new_G957_ & new_G986_;
  assign new_G1016_ = new_G971_ & new_G834_ & new_G970_ & new_G860_ & new_G991_;
  assign new_G1021_ = new_G873_ & new_G834_ & new_G972_ & new_G973_ & new_G991_;
  assign new_G1026_ = new_G975_ & new_G974_ & new_G847_ & new_G860_ & new_G991_;
  assign new_G1031_ = new_G873_ & new_G976_ & new_G847_ & new_G977_ & new_G991_;
  assign new_G1036_ = new_G834_ & new_G996_;
  assign new_G1039_ = new_G847_ & new_G996_;
  assign new_G1042_ = new_G860_ & new_G996_;
  assign new_G1045_ = new_G873_ & new_G996_;
  assign new_G1048_ = new_G834_ & new_G1001_;
  assign new_G1051_ = new_G847_ & new_G1001_;
  assign new_G1054_ = new_G860_ & new_G1001_;
  assign new_G1057_ = new_G873_ & new_G1001_;
  assign new_G1060_ = new_G834_ & new_G1006_;
  assign new_G1063_ = new_G847_ & new_G1006_;
  assign new_G1066_ = new_G860_ & new_G1006_;
  assign new_G1069_ = new_G873_ & new_G1006_;
  assign new_G1072_ = new_G834_ & new_G1011_;
  assign new_G1075_ = new_G847_ & new_G1011_;
  assign new_G1078_ = new_G860_ & new_G1011_;
  assign new_G1081_ = new_G873_ & new_G1011_;
  assign new_G1084_ = new_G925_ & new_G1016_;
  assign new_G1087_ = new_G886_ & new_G1016_;
  assign new_G1090_ = new_G912_ & new_G1016_;
  assign new_G1093_ = new_G899_ & new_G1016_;
  assign new_G1096_ = new_G925_ & new_G1021_;
  assign new_G1099_ = new_G886_ & new_G1021_;
  assign new_G1102_ = new_G912_ & new_G1021_;
  assign new_G1105_ = new_G899_ & new_G1021_;
  assign new_G1108_ = new_G925_ & new_G1026_;
  assign new_G1111_ = new_G886_ & new_G1026_;
  assign new_G1114_ = new_G912_ & new_G1026_;
  assign new_G1117_ = new_G899_ & new_G1026_;
  assign new_G1120_ = new_G925_ & new_G1031_;
  assign new_G1123_ = new_G886_ & new_G1031_;
  assign new_G1126_ = new_G912_ & new_G1031_;
  assign new_G1129_ = new_G899_ & new_G1031_;
  assign new_G1132_ = ~n630_lo | ~new_G1036_;
  assign new_G1135_ = ~n642_lo | ~new_G1039_;
  assign new_G1138_ = ~n654_lo | ~new_G1042_;
  assign new_G1141_ = ~n666_lo | ~new_G1045_;
  assign new_G1144_ = ~n678_lo | ~new_G1048_;
  assign new_G1147_ = ~n690_lo | ~new_G1051_;
  assign new_G1150_ = ~n702_lo | ~new_G1054_;
  assign new_G1153_ = ~n714_lo | ~new_G1057_;
  assign new_G1156_ = ~n726_lo | ~new_G1060_;
  assign new_G1159_ = ~n738_lo | ~new_G1063_;
  assign new_G1162_ = ~n750_lo | ~new_G1066_;
  assign new_G1165_ = ~n762_lo | ~new_G1069_;
  assign new_G1168_ = ~n774_lo | ~new_G1072_;
  assign new_G1171_ = ~n786_lo | ~new_G1075_;
  assign new_G1174_ = ~n798_lo | ~new_G1078_;
  assign new_G1177_ = ~n810_lo | ~new_G1081_;
  assign new_G1180_ = ~n822_lo | ~new_G1084_;
  assign new_G1183_ = ~n834_lo | ~new_G1087_;
  assign new_G1186_ = ~n846_lo | ~new_G1090_;
  assign new_G1189_ = ~n858_lo | ~new_G1093_;
  assign new_G1192_ = ~n870_lo | ~new_G1096_;
  assign new_G1195_ = ~n882_lo | ~new_G1099_;
  assign new_G1198_ = ~n894_lo | ~new_G1102_;
  assign new_G1201_ = ~n906_lo | ~new_G1105_;
  assign new_G1204_ = ~n918_lo | ~new_G1108_;
  assign new_G1207_ = ~n930_lo | ~new_G1111_;
  assign new_G1210_ = ~n942_lo | ~new_G1114_;
  assign new_G1213_ = ~n954_lo | ~new_G1117_;
  assign new_G1216_ = ~n966_lo | ~new_G1120_;
  assign new_G1219_ = ~n978_lo | ~new_G1123_;
  assign new_G1222_ = ~n990_lo | ~new_G1126_;
  assign new_G1225_ = ~n1002_lo | ~new_G1129_;
  assign new_G1228_ = ~n630_lo | ~new_G1132_;
  assign new_G1229_ = ~new_G1036_ | ~new_G1132_;
  assign new_G1230_ = ~n642_lo | ~new_G1135_;
  assign new_G1231_ = ~new_G1039_ | ~new_G1135_;
  assign new_G1232_ = ~n654_lo | ~new_G1138_;
  assign new_G1233_ = ~new_G1042_ | ~new_G1138_;
  assign new_G1234_ = ~n666_lo | ~new_G1141_;
  assign new_G1235_ = ~new_G1045_ | ~new_G1141_;
  assign new_G1236_ = ~n678_lo | ~new_G1144_;
  assign new_G1237_ = ~new_G1048_ | ~new_G1144_;
  assign new_G1238_ = ~n690_lo | ~new_G1147_;
  assign new_G1239_ = ~new_G1051_ | ~new_G1147_;
  assign new_G1240_ = ~n702_lo | ~new_G1150_;
  assign new_G1241_ = ~new_G1054_ | ~new_G1150_;
  assign new_G1242_ = ~n714_lo | ~new_G1153_;
  assign new_G1243_ = ~new_G1057_ | ~new_G1153_;
  assign new_G1244_ = ~n726_lo | ~new_G1156_;
  assign new_G1245_ = ~new_G1060_ | ~new_G1156_;
  assign new_G1246_ = ~n738_lo | ~new_G1159_;
  assign new_G1247_ = ~new_G1063_ | ~new_G1159_;
  assign new_G1248_ = ~n750_lo | ~new_G1162_;
  assign new_G1249_ = ~new_G1066_ | ~new_G1162_;
  assign new_G1250_ = ~n762_lo | ~new_G1165_;
  assign new_G1251_ = ~new_G1069_ | ~new_G1165_;
  assign new_G1252_ = ~n774_lo | ~new_G1168_;
  assign new_G1253_ = ~new_G1072_ | ~new_G1168_;
  assign new_G1254_ = ~n786_lo | ~new_G1171_;
  assign new_G1255_ = ~new_G1075_ | ~new_G1171_;
  assign new_G1256_ = ~n798_lo | ~new_G1174_;
  assign new_G1257_ = ~new_G1078_ | ~new_G1174_;
  assign new_G1258_ = ~n810_lo | ~new_G1177_;
  assign new_G1259_ = ~new_G1081_ | ~new_G1177_;
  assign new_G1260_ = ~n822_lo | ~new_G1180_;
  assign new_G1261_ = ~new_G1084_ | ~new_G1180_;
  assign new_G1262_ = ~n834_lo | ~new_G1183_;
  assign new_G1263_ = ~new_G1087_ | ~new_G1183_;
  assign new_G1264_ = ~n846_lo | ~new_G1186_;
  assign new_G1265_ = ~new_G1090_ | ~new_G1186_;
  assign new_G1266_ = ~n858_lo | ~new_G1189_;
  assign new_G1267_ = ~new_G1093_ | ~new_G1189_;
  assign new_G1268_ = ~n870_lo | ~new_G1192_;
  assign new_G1269_ = ~new_G1096_ | ~new_G1192_;
  assign new_G1270_ = ~n882_lo | ~new_G1195_;
  assign new_G1271_ = ~new_G1099_ | ~new_G1195_;
  assign new_G1272_ = ~n894_lo | ~new_G1198_;
  assign new_G1273_ = ~new_G1102_ | ~new_G1198_;
  assign new_G1274_ = ~n906_lo | ~new_G1201_;
  assign new_G1275_ = ~new_G1105_ | ~new_G1201_;
  assign new_G1276_ = ~n918_lo | ~new_G1204_;
  assign new_G1277_ = ~new_G1108_ | ~new_G1204_;
  assign new_G1278_ = ~n930_lo | ~new_G1207_;
  assign new_G1279_ = ~new_G1111_ | ~new_G1207_;
  assign new_G1280_ = ~n942_lo | ~new_G1210_;
  assign new_G1281_ = ~new_G1114_ | ~new_G1210_;
  assign new_G1282_ = ~n954_lo | ~new_G1213_;
  assign new_G1283_ = ~new_G1117_ | ~new_G1213_;
  assign new_G1284_ = ~n966_lo | ~new_G1216_;
  assign new_G1285_ = ~new_G1120_ | ~new_G1216_;
  assign new_G1286_ = ~n978_lo | ~new_G1219_;
  assign new_G1287_ = ~new_G1123_ | ~new_G1219_;
  assign new_G1288_ = ~n990_lo | ~new_G1222_;
  assign new_G1289_ = ~new_G1126_ | ~new_G1222_;
  assign new_G1290_ = ~n1002_lo | ~new_G1225_;
  assign new_G1291_ = ~new_G1129_ | ~new_G1225_;
  assign new_G1292_ = ~new_G1228_ | ~new_G1229_;
  assign new_G1293_ = ~new_G1230_ | ~new_G1231_;
  assign new_G1294_ = ~new_G1232_ | ~new_G1233_;
  assign new_G1295_ = ~new_G1234_ | ~new_G1235_;
  assign new_G1296_ = ~new_G1236_ | ~new_G1237_;
  assign new_G1297_ = ~new_G1238_ | ~new_G1239_;
  assign new_G1298_ = ~new_G1240_ | ~new_G1241_;
  assign new_G1299_ = ~new_G1242_ | ~new_G1243_;
  assign new_G1300_ = ~new_G1244_ | ~new_G1245_;
  assign new_G1301_ = ~new_G1246_ | ~new_G1247_;
  assign new_G1302_ = ~new_G1248_ | ~new_G1249_;
  assign new_G1303_ = ~new_G1250_ | ~new_G1251_;
  assign new_G1304_ = ~new_G1252_ | ~new_G1253_;
  assign new_G1305_ = ~new_G1254_ | ~new_G1255_;
  assign new_G1306_ = ~new_G1256_ | ~new_G1257_;
  assign new_G1307_ = ~new_G1258_ | ~new_G1259_;
  assign new_G1308_ = ~new_G1260_ | ~new_G1261_;
  assign new_G1309_ = ~new_G1262_ | ~new_G1263_;
  assign new_G1310_ = ~new_G1264_ | ~new_G1265_;
  assign new_G1311_ = ~new_G1266_ | ~new_G1267_;
  assign new_G1312_ = ~new_G1268_ | ~new_G1269_;
  assign new_G1313_ = ~new_G1270_ | ~new_G1271_;
  assign new_G1314_ = ~new_G1272_ | ~new_G1273_;
  assign new_G1315_ = ~new_G1274_ | ~new_G1275_;
  assign new_G1316_ = ~new_G1276_ | ~new_G1277_;
  assign new_G1317_ = ~new_G1278_ | ~new_G1279_;
  assign new_G1318_ = ~new_G1280_ | ~new_G1281_;
  assign new_G1319_ = ~new_G1282_ | ~new_G1283_;
  assign new_G1320_ = ~new_G1284_ | ~new_G1285_;
  assign new_G1321_ = ~new_G1286_ | ~new_G1287_;
  assign new_G1322_ = ~new_G1288_ | ~new_G1289_;
  assign new_G1323_ = ~new_G1290_ | ~new_G1291_;
  assign G1324 = ~new_G1292_;
  assign G1325 = ~new_G1293_;
  assign G1326 = ~new_G1294_;
  assign G1327 = ~new_G1295_;
  assign G1328 = ~new_G1296_;
  assign G1329 = ~new_G1297_;
  assign G1330 = ~new_G1298_;
  assign G1331 = ~new_G1299_;
  assign G1332 = ~new_G1300_;
  assign G1333 = ~new_G1301_;
  assign G1334 = ~new_G1302_;
  assign G1335 = ~new_G1303_;
  assign G1336 = ~new_G1304_;
  assign G1337 = ~new_G1305_;
  assign G1338 = ~new_G1306_;
  assign G1339 = ~new_G1307_;
  assign G1340 = ~new_G1308_;
  assign G1341 = ~new_G1309_;
  assign G1342 = ~new_G1310_;
  assign G1343 = ~new_G1311_;
  assign G1344 = ~new_G1312_;
  assign G1345 = ~new_G1313_;
  assign G1346 = ~new_G1314_;
  assign G1347 = ~new_G1315_;
  assign G1348 = ~new_G1316_;
  assign G1349 = ~new_G1317_;
  assign G1350 = ~new_G1318_;
  assign G1351 = ~new_G1319_;
  assign G1352 = ~new_G1320_;
  assign G1353 = ~new_G1321_;
  assign G1354 = ~new_G1322_;
  assign G1355 = ~new_G1323_;
  assign n621_li = G1;
  assign n624_li = n621_lo;
  assign n627_li = n624_lo;
  assign n630_li = n627_lo;
  assign n633_li = G2;
  assign n636_li = n633_lo;
  assign n639_li = n636_lo;
  assign n642_li = n639_lo;
  assign n645_li = G3;
  assign n648_li = n645_lo;
  assign n651_li = n648_lo;
  assign n654_li = n651_lo;
  assign n657_li = G4;
  assign n660_li = n657_lo;
  assign n663_li = n660_lo;
  assign n666_li = n663_lo;
  assign n669_li = G5;
  assign n672_li = n669_lo;
  assign n675_li = n672_lo;
  assign n678_li = n675_lo;
  assign n681_li = G6;
  assign n684_li = n681_lo;
  assign n687_li = n684_lo;
  assign n690_li = n687_lo;
  assign n693_li = G7;
  assign n696_li = n693_lo;
  assign n699_li = n696_lo;
  assign n702_li = n699_lo;
  assign n705_li = G8;
  assign n708_li = n705_lo;
  assign n711_li = n708_lo;
  assign n714_li = n711_lo;
  assign n717_li = G9;
  assign n720_li = n717_lo;
  assign n723_li = n720_lo;
  assign n726_li = n723_lo;
  assign n729_li = G10;
  assign n732_li = n729_lo;
  assign n735_li = n732_lo;
  assign n738_li = n735_lo;
  assign n741_li = G11;
  assign n744_li = n741_lo;
  assign n747_li = n744_lo;
  assign n750_li = n747_lo;
  assign n753_li = G12;
  assign n756_li = n753_lo;
  assign n759_li = n756_lo;
  assign n762_li = n759_lo;
  assign n765_li = G13;
  assign n768_li = n765_lo;
  assign n771_li = n768_lo;
  assign n774_li = n771_lo;
  assign n777_li = G14;
  assign n780_li = n777_lo;
  assign n783_li = n780_lo;
  assign n786_li = n783_lo;
  assign n789_li = G15;
  assign n792_li = n789_lo;
  assign n795_li = n792_lo;
  assign n798_li = n795_lo;
  assign n801_li = G16;
  assign n804_li = n801_lo;
  assign n807_li = n804_lo;
  assign n810_li = n807_lo;
  assign n813_li = G17;
  assign n816_li = n813_lo;
  assign n819_li = n816_lo;
  assign n822_li = n819_lo;
  assign n825_li = G18;
  assign n828_li = n825_lo;
  assign n831_li = n828_lo;
  assign n834_li = n831_lo;
  assign n837_li = G19;
  assign n840_li = n837_lo;
  assign n843_li = n840_lo;
  assign n846_li = n843_lo;
  assign n849_li = G20;
  assign n852_li = n849_lo;
  assign n855_li = n852_lo;
  assign n858_li = n855_lo;
  assign n861_li = G21;
  assign n864_li = n861_lo;
  assign n867_li = n864_lo;
  assign n870_li = n867_lo;
  assign n873_li = G22;
  assign n876_li = n873_lo;
  assign n879_li = n876_lo;
  assign n882_li = n879_lo;
  assign n885_li = G23;
  assign n888_li = n885_lo;
  assign n891_li = n888_lo;
  assign n894_li = n891_lo;
  assign n897_li = G24;
  assign n900_li = n897_lo;
  assign n903_li = n900_lo;
  assign n906_li = n903_lo;
  assign n909_li = G25;
  assign n912_li = n909_lo;
  assign n915_li = n912_lo;
  assign n918_li = n915_lo;
  assign n921_li = G26;
  assign n924_li = n921_lo;
  assign n927_li = n924_lo;
  assign n930_li = n927_lo;
  assign n933_li = G27;
  assign n936_li = n933_lo;
  assign n939_li = n936_lo;
  assign n942_li = n939_lo;
  assign n945_li = G28;
  assign n948_li = n945_lo;
  assign n951_li = n948_lo;
  assign n954_li = n951_lo;
  assign n957_li = G29;
  assign n960_li = n957_lo;
  assign n963_li = n960_lo;
  assign n966_li = n963_lo;
  assign n969_li = G30;
  assign n972_li = n969_lo;
  assign n975_li = n972_lo;
  assign n978_li = n975_lo;
  assign n981_li = G31;
  assign n984_li = n981_lo;
  assign n987_li = n984_lo;
  assign n990_li = n987_lo;
  assign n993_li = G32;
  assign n996_li = n993_lo;
  assign n999_li = n996_lo;
  assign n1002_li = n999_lo;
  assign n1005_li = G33;
  assign n1008_li = n1005_lo;
  assign n1011_li = n1008_lo;
  assign n1014_li = n1011_lo;
  assign n1017_li = G34;
  assign n1020_li = n1017_lo;
  assign n1023_li = n1020_lo;
  assign n1026_li = n1023_lo;
  assign n1029_li = G35;
  assign n1032_li = n1029_lo;
  assign n1035_li = n1032_lo;
  assign n1038_li = n1035_lo;
  assign n1041_li = G36;
  assign n1044_li = n1041_lo;
  assign n1047_li = n1044_lo;
  assign n1050_li = n1047_lo;
  assign n1053_li = G37;
  assign n1056_li = n1053_lo;
  assign n1059_li = n1056_lo;
  assign n1062_li = n1059_lo;
  assign n1065_li = G38;
  assign n1068_li = n1065_lo;
  assign n1071_li = n1068_lo;
  assign n1074_li = n1071_lo;
  assign n1077_li = G39;
  assign n1080_li = n1077_lo;
  assign n1083_li = n1080_lo;
  assign n1086_li = n1083_lo;
  assign n1089_li = G40;
  assign n1092_li = n1089_lo;
  assign n1095_li = n1092_lo;
  assign n1098_li = n1095_lo;
  assign n1101_li = G41;
  assign n1104_li = n1101_lo;
  assign n1107_li = n1104_lo;
  assign n1110_li = n1107_lo;
  always @ (posedge clock) begin
    n621_lo <= n621_li;
    n624_lo <= n624_li;
    n627_lo <= n627_li;
    n630_lo <= n630_li;
    n633_lo <= n633_li;
    n636_lo <= n636_li;
    n639_lo <= n639_li;
    n642_lo <= n642_li;
    n645_lo <= n645_li;
    n648_lo <= n648_li;
    n651_lo <= n651_li;
    n654_lo <= n654_li;
    n657_lo <= n657_li;
    n660_lo <= n660_li;
    n663_lo <= n663_li;
    n666_lo <= n666_li;
    n669_lo <= n669_li;
    n672_lo <= n672_li;
    n675_lo <= n675_li;
    n678_lo <= n678_li;
    n681_lo <= n681_li;
    n684_lo <= n684_li;
    n687_lo <= n687_li;
    n690_lo <= n690_li;
    n693_lo <= n693_li;
    n696_lo <= n696_li;
    n699_lo <= n699_li;
    n702_lo <= n702_li;
    n705_lo <= n705_li;
    n708_lo <= n708_li;
    n711_lo <= n711_li;
    n714_lo <= n714_li;
    n717_lo <= n717_li;
    n720_lo <= n720_li;
    n723_lo <= n723_li;
    n726_lo <= n726_li;
    n729_lo <= n729_li;
    n732_lo <= n732_li;
    n735_lo <= n735_li;
    n738_lo <= n738_li;
    n741_lo <= n741_li;
    n744_lo <= n744_li;
    n747_lo <= n747_li;
    n750_lo <= n750_li;
    n753_lo <= n753_li;
    n756_lo <= n756_li;
    n759_lo <= n759_li;
    n762_lo <= n762_li;
    n765_lo <= n765_li;
    n768_lo <= n768_li;
    n771_lo <= n771_li;
    n774_lo <= n774_li;
    n777_lo <= n777_li;
    n780_lo <= n780_li;
    n783_lo <= n783_li;
    n786_lo <= n786_li;
    n789_lo <= n789_li;
    n792_lo <= n792_li;
    n795_lo <= n795_li;
    n798_lo <= n798_li;
    n801_lo <= n801_li;
    n804_lo <= n804_li;
    n807_lo <= n807_li;
    n810_lo <= n810_li;
    n813_lo <= n813_li;
    n816_lo <= n816_li;
    n819_lo <= n819_li;
    n822_lo <= n822_li;
    n825_lo <= n825_li;
    n828_lo <= n828_li;
    n831_lo <= n831_li;
    n834_lo <= n834_li;
    n837_lo <= n837_li;
    n840_lo <= n840_li;
    n843_lo <= n843_li;
    n846_lo <= n846_li;
    n849_lo <= n849_li;
    n852_lo <= n852_li;
    n855_lo <= n855_li;
    n858_lo <= n858_li;
    n861_lo <= n861_li;
    n864_lo <= n864_li;
    n867_lo <= n867_li;
    n870_lo <= n870_li;
    n873_lo <= n873_li;
    n876_lo <= n876_li;
    n879_lo <= n879_li;
    n882_lo <= n882_li;
    n885_lo <= n885_li;
    n888_lo <= n888_li;
    n891_lo <= n891_li;
    n894_lo <= n894_li;
    n897_lo <= n897_li;
    n900_lo <= n900_li;
    n903_lo <= n903_li;
    n906_lo <= n906_li;
    n909_lo <= n909_li;
    n912_lo <= n912_li;
    n915_lo <= n915_li;
    n918_lo <= n918_li;
    n921_lo <= n921_li;
    n924_lo <= n924_li;
    n927_lo <= n927_li;
    n930_lo <= n930_li;
    n933_lo <= n933_li;
    n936_lo <= n936_li;
    n939_lo <= n939_li;
    n942_lo <= n942_li;
    n945_lo <= n945_li;
    n948_lo <= n948_li;
    n951_lo <= n951_li;
    n954_lo <= n954_li;
    n957_lo <= n957_li;
    n960_lo <= n960_li;
    n963_lo <= n963_li;
    n966_lo <= n966_li;
    n969_lo <= n969_li;
    n972_lo <= n972_li;
    n975_lo <= n975_li;
    n978_lo <= n978_li;
    n981_lo <= n981_li;
    n984_lo <= n984_li;
    n987_lo <= n987_li;
    n990_lo <= n990_li;
    n993_lo <= n993_li;
    n996_lo <= n996_li;
    n999_lo <= n999_li;
    n1002_lo <= n1002_li;
    n1005_lo <= n1005_li;
    n1008_lo <= n1008_li;
    n1011_lo <= n1011_li;
    n1014_lo <= n1014_li;
    n1017_lo <= n1017_li;
    n1020_lo <= n1020_li;
    n1023_lo <= n1023_li;
    n1026_lo <= n1026_li;
    n1029_lo <= n1029_li;
    n1032_lo <= n1032_li;
    n1035_lo <= n1035_li;
    n1038_lo <= n1038_li;
    n1041_lo <= n1041_li;
    n1044_lo <= n1044_li;
    n1047_lo <= n1047_li;
    n1050_lo <= n1050_li;
    n1053_lo <= n1053_li;
    n1056_lo <= n1056_li;
    n1059_lo <= n1059_li;
    n1062_lo <= n1062_li;
    n1065_lo <= n1065_li;
    n1068_lo <= n1068_li;
    n1071_lo <= n1071_li;
    n1074_lo <= n1074_li;
    n1077_lo <= n1077_li;
    n1080_lo <= n1080_li;
    n1083_lo <= n1083_li;
    n1086_lo <= n1086_li;
    n1089_lo <= n1089_li;
    n1092_lo <= n1092_li;
    n1095_lo <= n1095_li;
    n1098_lo <= n1098_li;
    n1101_lo <= n1101_li;
    n1104_lo <= n1104_li;
    n1107_lo <= n1107_li;
    n1110_lo <= n1110_li;
  end
  initial begin
    n621_lo <= 1'b0;
    n624_lo <= 1'b0;
    n627_lo <= 1'b0;
    n630_lo <= 1'b0;
    n633_lo <= 1'b0;
    n636_lo <= 1'b0;
    n639_lo <= 1'b0;
    n642_lo <= 1'b0;
    n645_lo <= 1'b0;
    n648_lo <= 1'b0;
    n651_lo <= 1'b0;
    n654_lo <= 1'b0;
    n657_lo <= 1'b0;
    n660_lo <= 1'b0;
    n663_lo <= 1'b0;
    n666_lo <= 1'b0;
    n669_lo <= 1'b0;
    n672_lo <= 1'b0;
    n675_lo <= 1'b0;
    n678_lo <= 1'b0;
    n681_lo <= 1'b0;
    n684_lo <= 1'b0;
    n687_lo <= 1'b0;
    n690_lo <= 1'b0;
    n693_lo <= 1'b0;
    n696_lo <= 1'b0;
    n699_lo <= 1'b0;
    n702_lo <= 1'b0;
    n705_lo <= 1'b0;
    n708_lo <= 1'b0;
    n711_lo <= 1'b0;
    n714_lo <= 1'b0;
    n717_lo <= 1'b0;
    n720_lo <= 1'b0;
    n723_lo <= 1'b0;
    n726_lo <= 1'b0;
    n729_lo <= 1'b0;
    n732_lo <= 1'b0;
    n735_lo <= 1'b0;
    n738_lo <= 1'b0;
    n741_lo <= 1'b0;
    n744_lo <= 1'b0;
    n747_lo <= 1'b0;
    n750_lo <= 1'b0;
    n753_lo <= 1'b0;
    n756_lo <= 1'b0;
    n759_lo <= 1'b0;
    n762_lo <= 1'b0;
    n765_lo <= 1'b0;
    n768_lo <= 1'b0;
    n771_lo <= 1'b0;
    n774_lo <= 1'b0;
    n777_lo <= 1'b0;
    n780_lo <= 1'b0;
    n783_lo <= 1'b0;
    n786_lo <= 1'b0;
    n789_lo <= 1'b0;
    n792_lo <= 1'b0;
    n795_lo <= 1'b0;
    n798_lo <= 1'b0;
    n801_lo <= 1'b0;
    n804_lo <= 1'b0;
    n807_lo <= 1'b0;
    n810_lo <= 1'b0;
    n813_lo <= 1'b0;
    n816_lo <= 1'b0;
    n819_lo <= 1'b0;
    n822_lo <= 1'b0;
    n825_lo <= 1'b0;
    n828_lo <= 1'b0;
    n831_lo <= 1'b0;
    n834_lo <= 1'b0;
    n837_lo <= 1'b0;
    n840_lo <= 1'b0;
    n843_lo <= 1'b0;
    n846_lo <= 1'b0;
    n849_lo <= 1'b0;
    n852_lo <= 1'b0;
    n855_lo <= 1'b0;
    n858_lo <= 1'b0;
    n861_lo <= 1'b0;
    n864_lo <= 1'b0;
    n867_lo <= 1'b0;
    n870_lo <= 1'b0;
    n873_lo <= 1'b0;
    n876_lo <= 1'b0;
    n879_lo <= 1'b0;
    n882_lo <= 1'b0;
    n885_lo <= 1'b0;
    n888_lo <= 1'b0;
    n891_lo <= 1'b0;
    n894_lo <= 1'b0;
    n897_lo <= 1'b0;
    n900_lo <= 1'b0;
    n903_lo <= 1'b0;
    n906_lo <= 1'b0;
    n909_lo <= 1'b0;
    n912_lo <= 1'b0;
    n915_lo <= 1'b0;
    n918_lo <= 1'b0;
    n921_lo <= 1'b0;
    n924_lo <= 1'b0;
    n927_lo <= 1'b0;
    n930_lo <= 1'b0;
    n933_lo <= 1'b0;
    n936_lo <= 1'b0;
    n939_lo <= 1'b0;
    n942_lo <= 1'b0;
    n945_lo <= 1'b0;
    n948_lo <= 1'b0;
    n951_lo <= 1'b0;
    n954_lo <= 1'b0;
    n957_lo <= 1'b0;
    n960_lo <= 1'b0;
    n963_lo <= 1'b0;
    n966_lo <= 1'b0;
    n969_lo <= 1'b0;
    n972_lo <= 1'b0;
    n975_lo <= 1'b0;
    n978_lo <= 1'b0;
    n981_lo <= 1'b0;
    n984_lo <= 1'b0;
    n987_lo <= 1'b0;
    n990_lo <= 1'b0;
    n993_lo <= 1'b0;
    n996_lo <= 1'b0;
    n999_lo <= 1'b0;
    n1002_lo <= 1'b0;
    n1005_lo <= 1'b0;
    n1008_lo <= 1'b0;
    n1011_lo <= 1'b0;
    n1014_lo <= 1'b0;
    n1017_lo <= 1'b0;
    n1020_lo <= 1'b0;
    n1023_lo <= 1'b0;
    n1026_lo <= 1'b0;
    n1029_lo <= 1'b0;
    n1032_lo <= 1'b0;
    n1035_lo <= 1'b0;
    n1038_lo <= 1'b0;
    n1041_lo <= 1'b0;
    n1044_lo <= 1'b0;
    n1047_lo <= 1'b0;
    n1050_lo <= 1'b0;
    n1053_lo <= 1'b0;
    n1056_lo <= 1'b0;
    n1059_lo <= 1'b0;
    n1062_lo <= 1'b0;
    n1065_lo <= 1'b0;
    n1068_lo <= 1'b0;
    n1071_lo <= 1'b0;
    n1074_lo <= 1'b0;
    n1077_lo <= 1'b0;
    n1080_lo <= 1'b0;
    n1083_lo <= 1'b0;
    n1086_lo <= 1'b0;
    n1089_lo <= 1'b0;
    n1092_lo <= 1'b0;
    n1095_lo <= 1'b0;
    n1098_lo <= 1'b0;
    n1101_lo <= 1'b0;
    n1104_lo <= 1'b0;
    n1107_lo <= 1'b0;
    n1110_lo <= 1'b0;
  end
endmodule